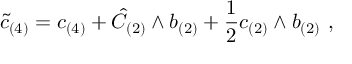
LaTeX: \tilde { c } _ { ( 4 ) } = c _ { ( 4 ) } + \hat { C } _ { ( 2 ) } \wedge b _ { ( 2 ) } + \frac { 1 } { 2 } c _ { ( 2 ) } \wedge b _ { ( 2 ) } \ ,